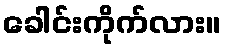
ခေါင်းကိုက်လား။